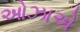
ઓઝાએ